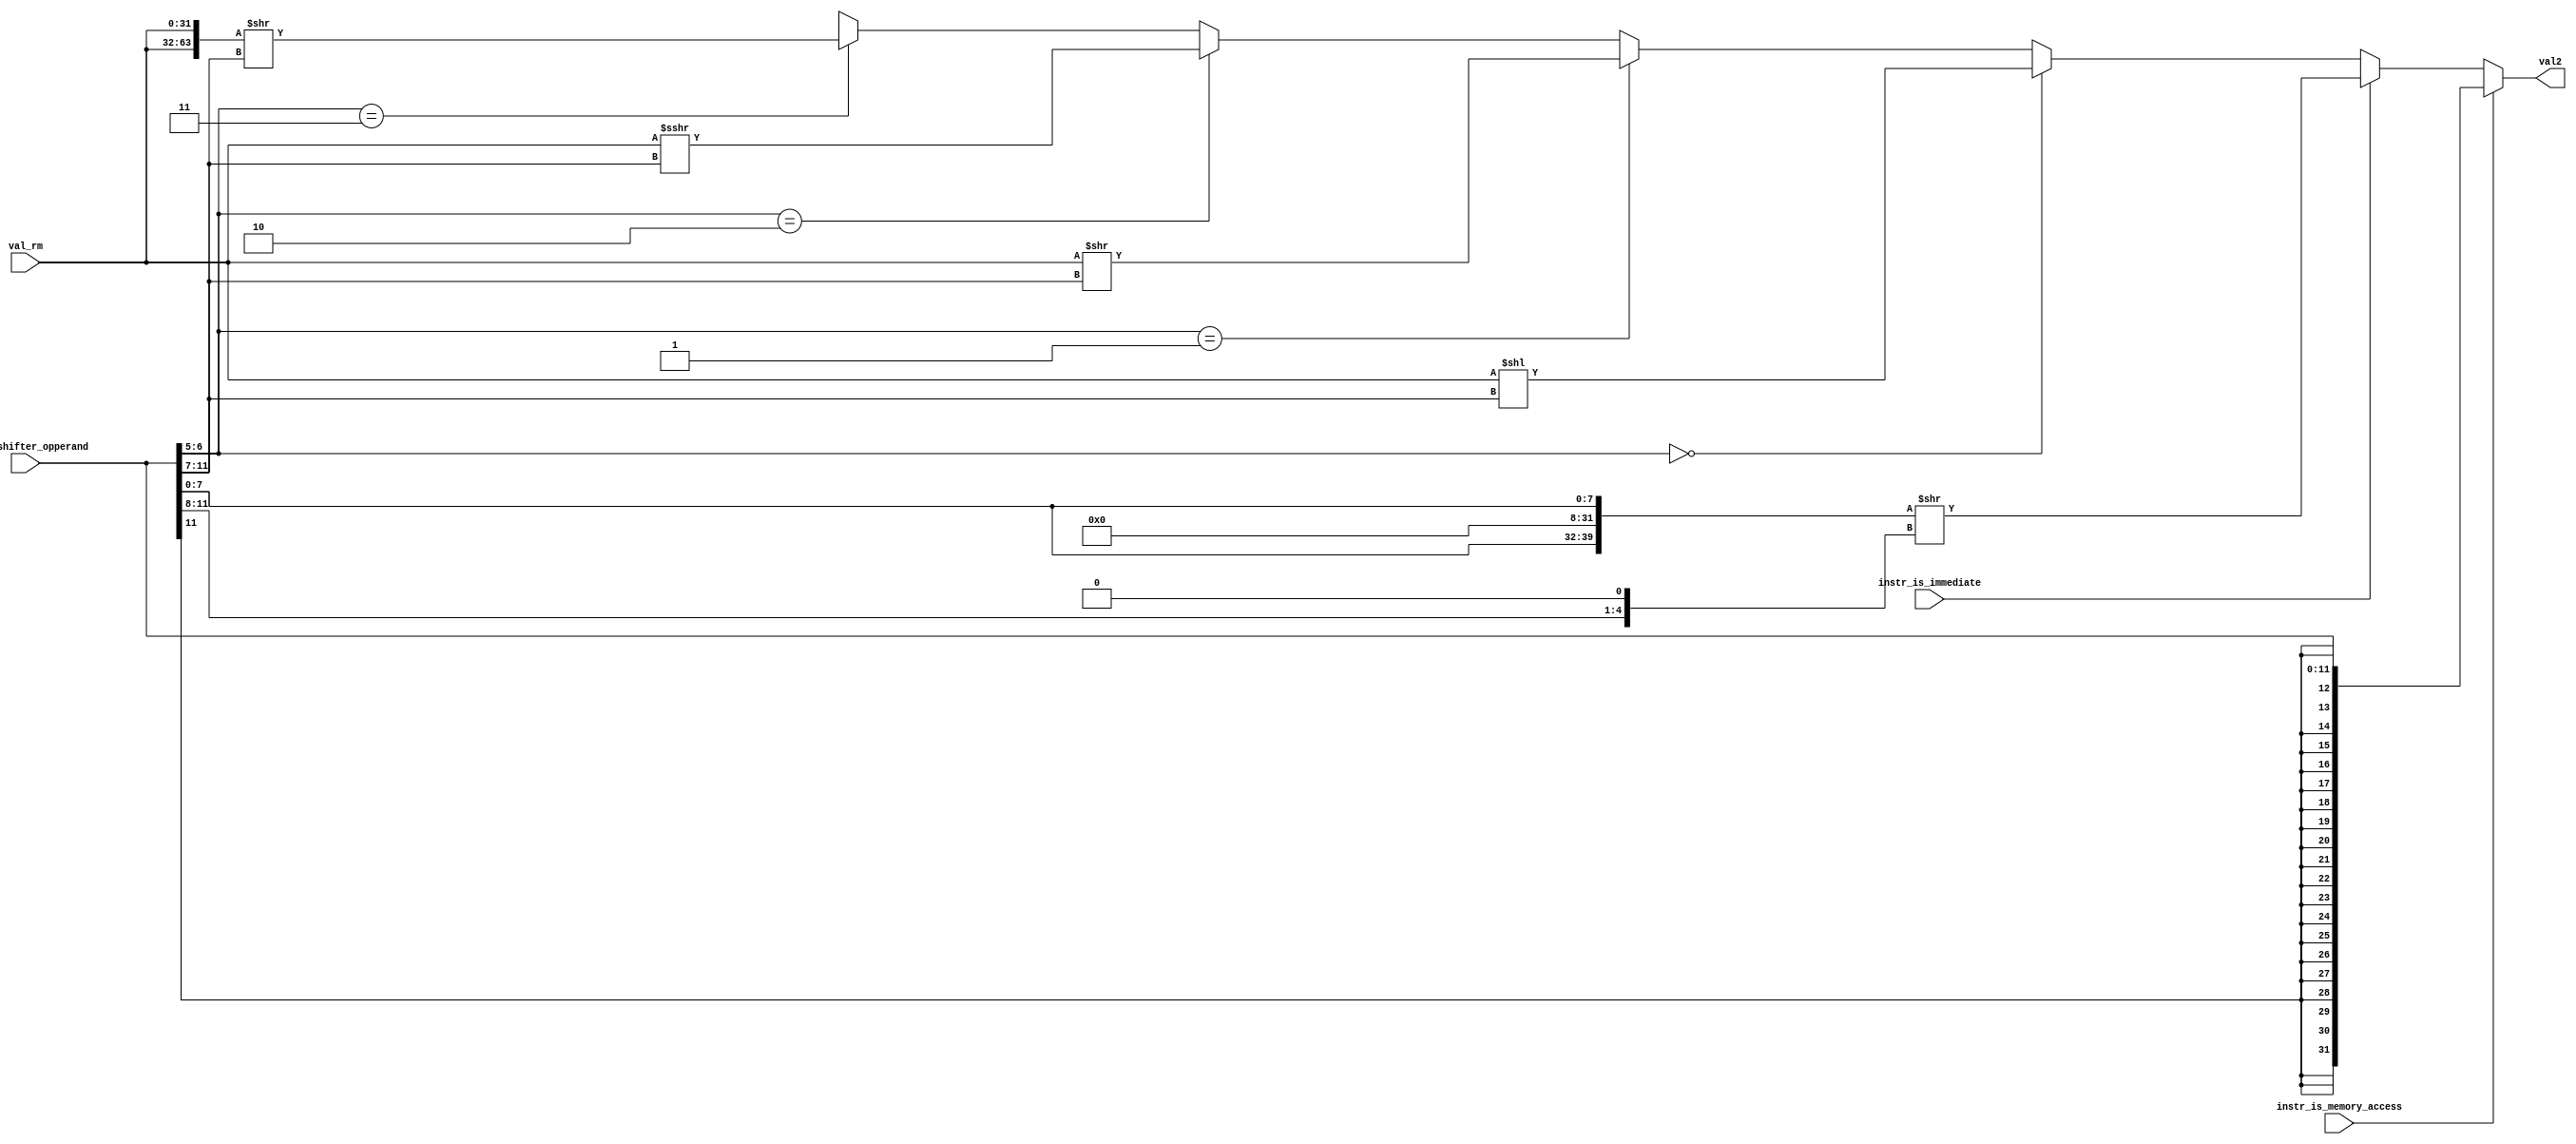
`define SHIFTTYPE_LSL       2'b00
`define SHIFTTYPE_LSR       2'b01
`define SHIFTTYPE_ASR       2'b10    
`define SHIFTTYPE_ROR       2'b11

module val2_generator(
    input       [31:0]  val_rm,
    input       [11:0]  instr_shifter_opperand,
    input               instr_is_memory_access,
    input               instr_is_immediate,
    
    output      [31:0]  val2
);

    wire        [31:0]  _32bit_immediate;
    wire        [63:0]  _32bit_immediate_rail;
    wire        [63:0]  _32bit_immediate_rail_shifted;
    wire        [31:0]  _32bit_immediate_base;

    wire        [31:0]  shift_immediate;
    wire        [63:0]  shift_immediate_rotate_rail;
    wire        [63:0]  shift_immediate_rotate_rail_shifted;
    wire        [31:0]  shift_immediate_rotate;
    wire        [31:0]  shift_immediate_lsl;
    wire        [31:0]  shift_immediate_lsr;
    wire        [31:0]  shift_immediate_asr;

    wire        [31:0]  arithmatic_immediate;
    wire        [31:0]  load_store_immediate;

    wire        [1:0]   instr_shift_type;
    wire        [4:0]   instr_shift_immediate;
    wire        [7:0]   instr_immed_8;
    wire        [3:0]   instr_rotate_imm;
    wire        [11:0]  instr_offset_12;

    assign instr_shift_type         = instr_shifter_opperand[6:5];
    assign instr_shift_immediate    = instr_shifter_opperand[11:7];
    assign instr_offset_12          = instr_shifter_opperand[11:0];
    assign instr_immed_8            = instr_shifter_opperand[7:0];
    assign instr_rotate_imm         = instr_shifter_opperand[11:8];

    // immediates 
    assign load_store_immediate     = $signed(instr_offset_12);
    assign arithmatic_immediate     =
        (instr_is_immediate)        ? (_32bit_immediate) :
        (~instr_is_immediate)       ? (shift_immediate) : (32'bx);

    assign _32bit_immediate_base    = {24'b0, instr_immed_8};
    assign _32bit_immediate_rail    = {_32bit_immediate_base, _32bit_immediate_base};
    assign _32bit_immediate_rail_shifted    = (_32bit_immediate_rail) >> ({1'b0, instr_rotate_imm} << 1);
    assign _32bit_immediate         = _32bit_immediate_rail_shifted[31:0];

    assign shift_immediate_rotate_rail = {val_rm, val_rm};
    assign shift_immediate_rotate_rail_shifted = (shift_immediate_rotate_rail) >> (instr_shift_immediate);
    assign shift_immediate_rotate   = shift_immediate_rotate_rail_shifted[31:0];
    assign shift_immediate_lsl      = (val_rm) << (instr_shift_immediate);
    assign shift_immediate_lsr      = (val_rm) >> (instr_shift_immediate);
    assign shift_immediate_asr      = (val_rm) >>> (instr_shift_immediate);

    assign shift_immediate          =
        (instr_shift_type == `SHIFTTYPE_LSL) ? (shift_immediate_lsl) :
        (instr_shift_type == `SHIFTTYPE_LSR) ? (shift_immediate_lsr) :
        (instr_shift_type == `SHIFTTYPE_ASR) ? (shift_immediate_asr) :
        (instr_shift_type == `SHIFTTYPE_ROR) ? (shift_immediate_rotate) :
        32'bx;
    
    assign val2                     =
        (instr_is_memory_access)    ? (load_store_immediate) : (arithmatic_immediate);

endmodule